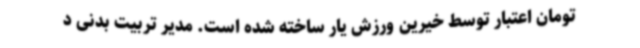
تومان اعتبار توسط خیرین ورزش یار ساخته شده است. مدیر تربیت بدنی د